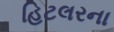
હિટલરના